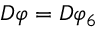
D \varphi = D \varphi _ { 6 }